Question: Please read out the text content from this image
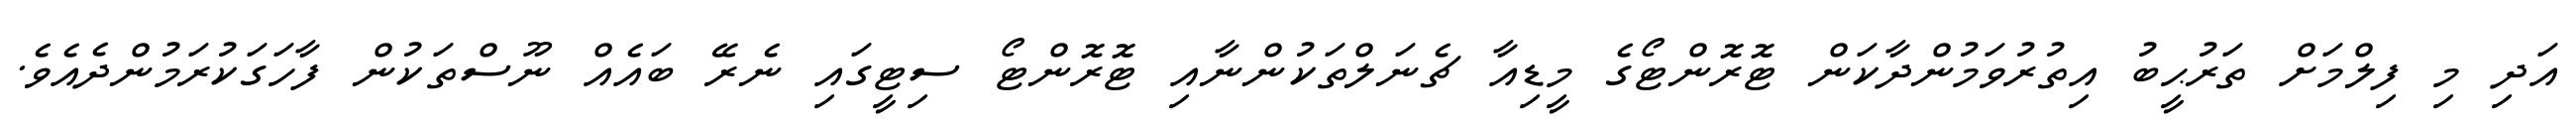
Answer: އަދި މި ފިލްމަށް ތަރުޙީބު އިތުރުވަމުންދާކަން ޓޮރޮންޓޯގެ މީޑިއާ ޗެނަލްތަކުންނާއި ޓޮރޮންޓޯ ސިޓީގައި ނެރޭ ބައެއް ނޫސްތަކުން ފާހަގަކުރަމުންދެއެވެ.